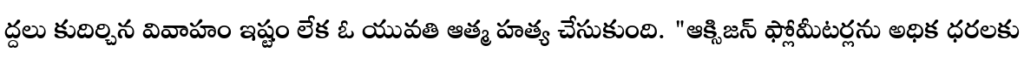
ద్దలు కుదిర్చిన వివాహం ఇష్టం లేక ఓ యువతి ఆత్మ హత్య చేసుకుంది. "ఆక్సిజన్ ఫ్లోమీటర్లను అధిక ధరలకు